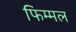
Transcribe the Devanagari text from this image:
फिम्मल